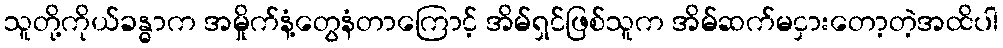
သူတို့ကိုယ်ခန္ဓာက အမှိုက်နံ့တွေနံတာကြောင့် အိမ်ရှင်ဖြစ်သူက အိမ်ဆက်မငှားတော့တဲ့အထိပါ